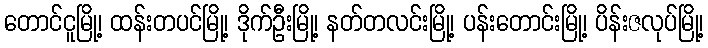
တောင်ငူမြို့၊ ထန်းတပင်မြို့၊ ဒိုက်ဦးမြို့၊ နတ်တလင်းမြို့၊ ပန်းတောင်းမြို့၊ ပိန်းဇလုပ်မြို့၊